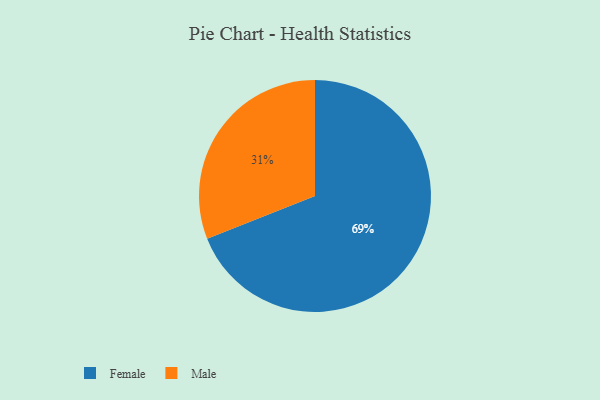
{"axis": {"x": "Category", "y": "Percentage"}, "legend": ["Female", "Male"], "data": [{"x": "Female", "y": 69, "type": "Female"}, {"x": "Male", "y": 31, "type": "Male"}]}